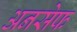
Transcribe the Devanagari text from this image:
अनसेफ